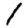
Digit: 1